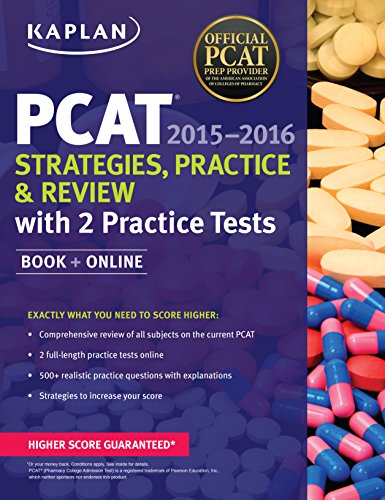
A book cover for Kaplan PCAT 2015-2016 Strategies, Practice, and Review with 2 Practice Tests: Book + Online (Kaplan Test Prep); Kaplan; Test Preparation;